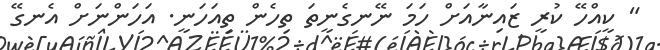
" ކީއްހޭ ކުރީ ޒައިނާއަށް ހަމަ ނޭނގެނީތަ ތިހެން ތިއަހަނީ. އަހަންނަށް އެނގޭ